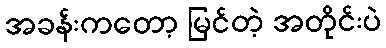
အခန်းကတော့ မြင်တဲ့ အတိုင်းပဲ